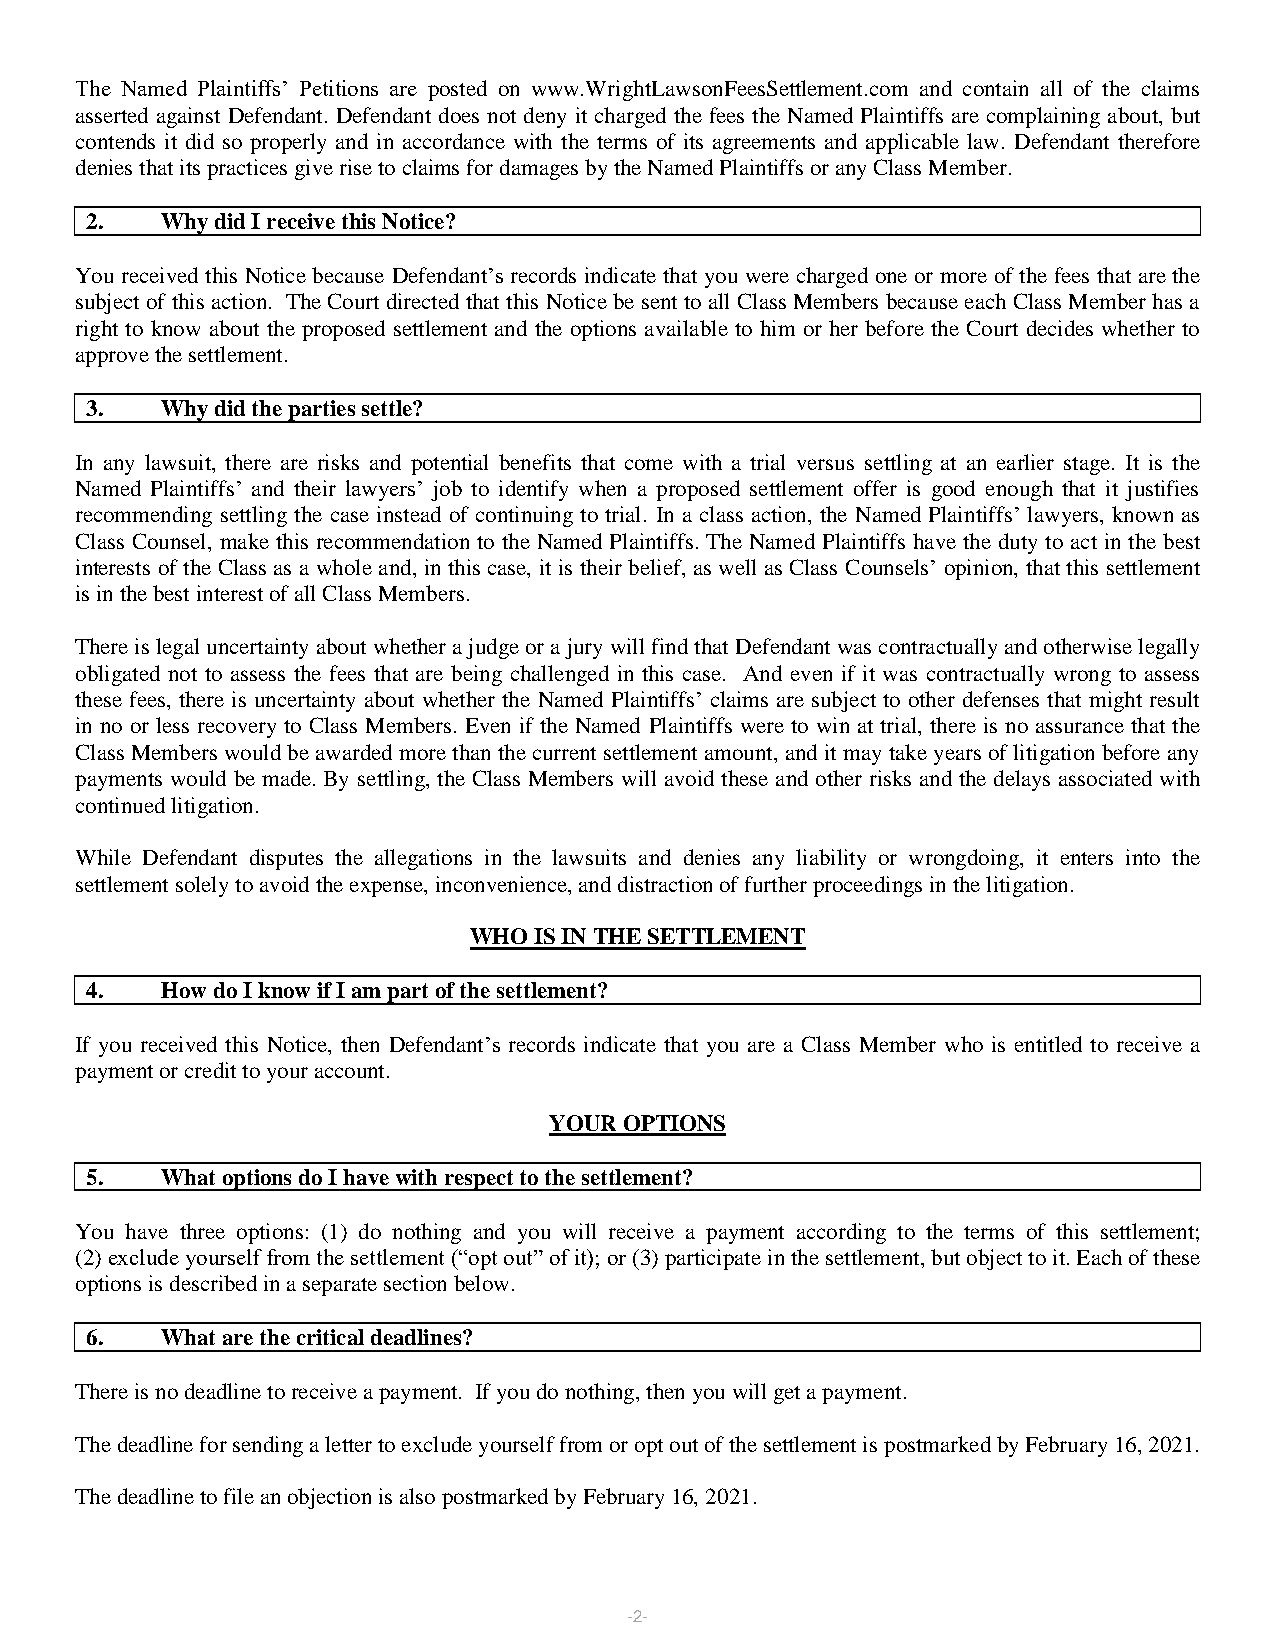
The Named Plaintiffs’ Petitions are posted on www.WrightLawsonFeesSettlement.com and contain all of the claims
 asserted against Defendant. Defendant does not deny it charged the fees the Named Plaintiffs are complaining about, but
 contends it did so properly and in accordance with the terms of its agreements and applicable law. Defendant therefore
 denies that its practices give rise to claims for damages by the Named Plaintiffs or any Class Member.
 2.   Why did I receive this Notice?
 You received this Notice because Defendant’s records indicate that you were charged one or more of the fees that are the
 subject of this action. The Court directed that this Notice be sent to all Class Members because each Class Member has a
 right to know about the proposed settlement and the options available to him or her before the Court decides whether to
 approve the settlement.
 3.   Why did the parties settle?
 In any lawsuit, there are risks and potential benefits that come with a trial versus settling at an earlier stage. It is the
 Named Plaintiffs’ and their lawyers’ job to identify when a proposed settlement offer is good enough that it justifies
 recommending settling the case instead of continuing to trial. In a class action, the Named Plaintiffs’ lawyers, known as
 Class Counsel, make this recommendation to the Named Plaintiffs. The Named Plaintiffs have the duty to act in the best
 interests of the Class as a whole and, in this case, it is their belief, as well as Class Counsels’ opinion, that this settlement
 is in the best interest of all Class Members.
 There is legal uncertainty about whether a judge or a jury will find that Defendant was contractually and otherwise legally
 obligated not to assess the fees that are being challenged in this case. And even if it was contractually wrong to assess
 these fees, there is uncertainty about whether the Named Plaintiffs’ claims are subject to other defenses that might result
 in no or less recovery to Class Members. Even if the Named Plaintiffs were to win at trial, there is no assurance that the
 Class Members would be awarded more than the current settlement amount, and it may take years of litigation before any
 payments would be made. By settling, the Class Members will avoid these and other risks and the delays associated with
 continued litigation.
 While Defendant disputes the allegations in the lawsuits and denies any liability or wrongdoing, it enters into the
 settlement solely to avoid the expense, inconvenience, and distraction of further proceedings in the litigation.
 WHO IS IN THE SETTLEMENT
 4.   How do I know if I am part of the settlement?
 If you received this Notice, then Defendant’s records indicate that you are a Class Member who is entitled to receive a
 payment or credit to your account.
 YOUR OPTIONS
 5.   What options do I have with respect to the settlement?
 You have three options: (1) do nothing and you will receive a payment according to the terms of this settlement;
 (2) exclude yourself from the settlement (“opt out” of it); or (3) participate in the settlement, but object to it. Each of these
 options is described in a separate section below.
 6.   What are the critical deadlines?
 There is no deadline to receive a payment. If you do nothing, then you will get a payment.
 The deadline for sending a letter to exclude yourself from or opt out of the settlement is postmarked by February 16, 2021.
 The deadline to file an objection is also postmarked by February 16, 2021.
 -2-